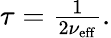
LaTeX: \begin{array}{r}{{}\tau=\frac{1}{2\nu_{\mathrm{eff}}}.}\end{array}